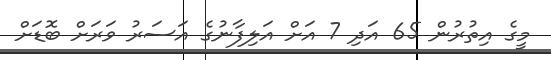
މީގެ އިތުރުން 65 އަދި 7 އަށް އަލިފާނުގެ އަސަރު ވަރަށް ބޮޑަށް